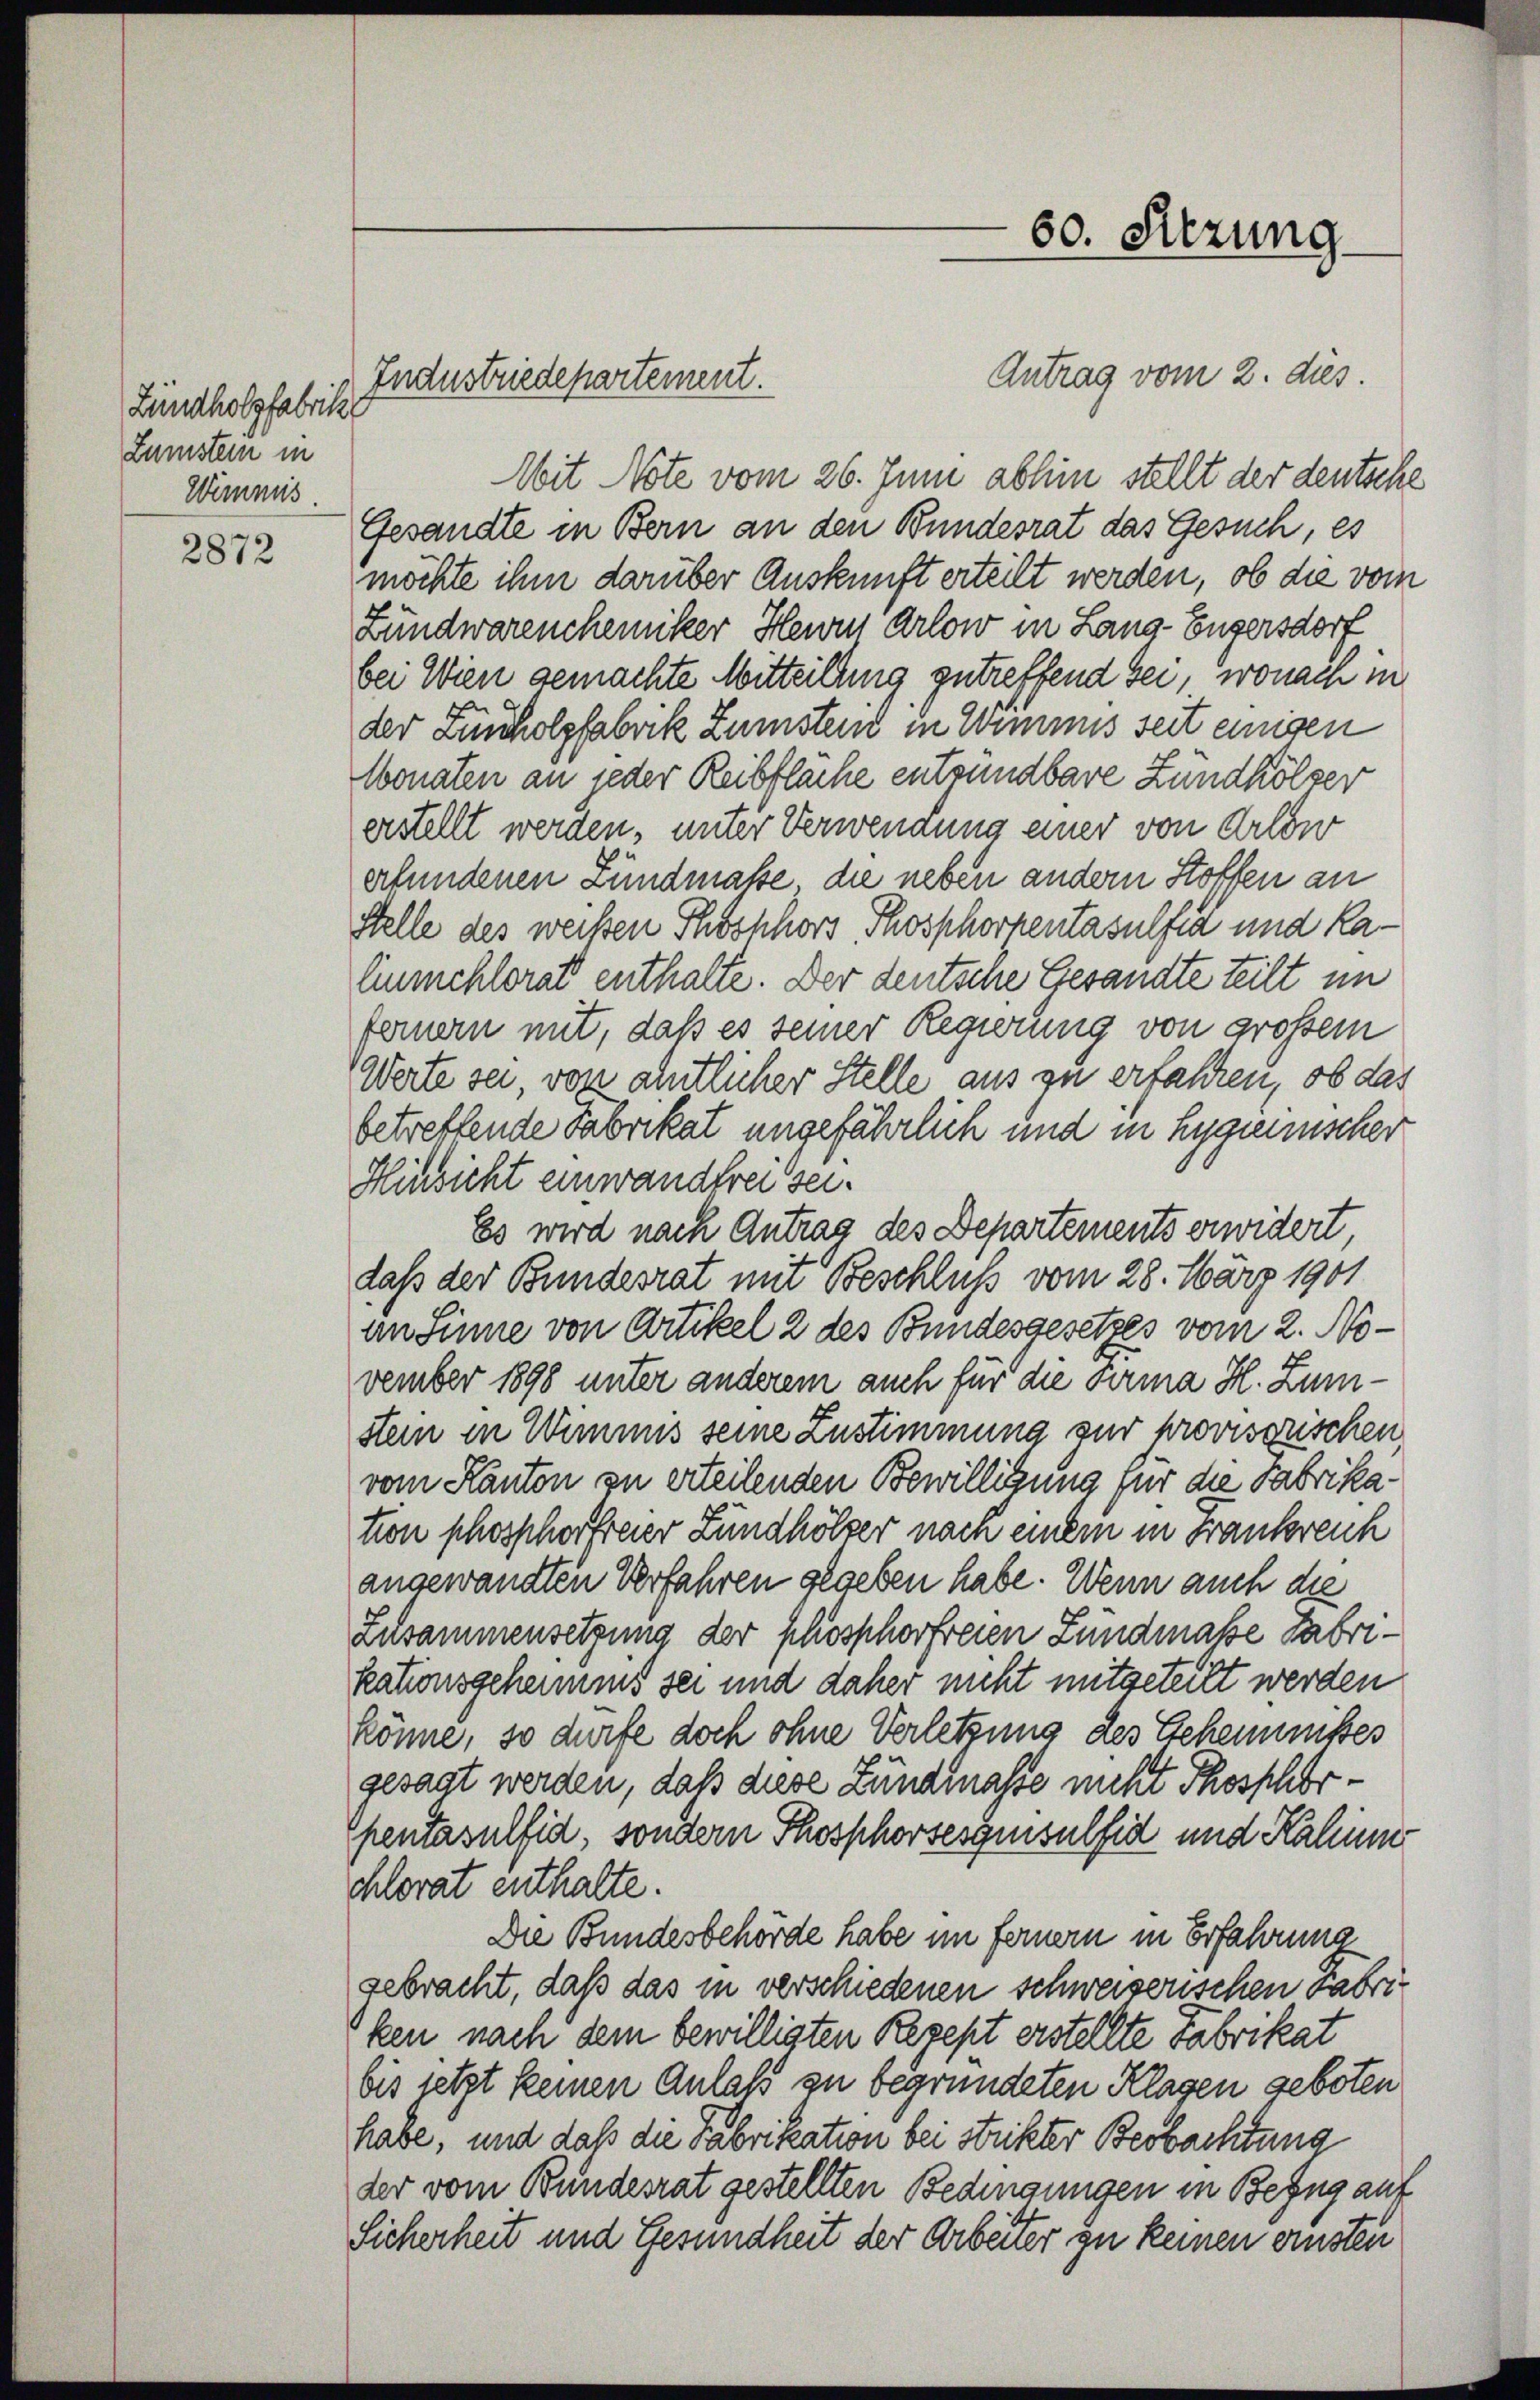
Zündholzfabrike
Zumstern in
Wimmis

2872

Antrag vom 2. dies
Mit Note vom 26. Juni abhin stellt der deutsche
Gesandte in Bern an den Bundesrat das Gesuch, es
möchte ihm darüber Auskunft erteilt werden, ob die vom
Lundwarenchemiker Herrn Arlow in Lang-Engersdorf
bei Wien gemachte Mitteilung getreffend sei, wonach in
der Zunholzfabrik Zumstend in Wimmes seit einigen
Wonaten an jeder Reibflache entsundbare Zundhölzer
erstellt werden, unter Verwendung einer von Arlow
erfundenen Lundmaße, die neben andern Stoffen an
Stelle des weißen Thoshhors Thosphorpentasulfia und Ralinmehlorat enthalte. Der deutsche Gesandte teilt im
fernern mit, daß es seiner Regierung von großem
Werte sei von ahntlicher Stelle aus zu erfahren, ob das
betreffende Fabrikat ungefährlich und in Hygienischer
Hinsicht einwanderer sei.
Es wird nach Antrag des Departements erwidert
daß der Bundesrat mit Beschluß vom 28. März 1901
an Sinne von Artikel 2 des Bundesgesetzes vom 2. November 1898 unter anderem auch für die Firma H. Zumstein in Wimmis seine Zustimmung zur provisorischen
vom Kanton zu erteilenden Bewilligung für die Fabrikation phosphorfreier Lundhölzer nach einem in Frankreich
angewandten Verfahren gegeben habe. Wenn auch die
Zusammensetzung der Phosphorfreien Lundmale Fabrikationsgeheimens sei und daher nicht mitgeteilt werden
könne, so dürfe doch ohne Verletzung des Geheimnißes
gesagt werden, daß diese Lundialse nicht Thosphorpentasulfid, sondern Thosphorsesquisulfid und Kalin
chlorat enthalte.
Die Bundesbehörde habe im fernern in Erfahrung
gebracht, daß das in verschiedenen schweizerischen Fabriken nach dem bewilligten Rezept erstellte Fabrikat
bis setzt keinen Anlaß zu begründeten Klagen geboten
habe, und daß die Fabrikation bei Strikter Beobachtung
der vom Bundesrat gestellten Bedingungen in Bezug auf
Sicherheit und Gesundheit der Arbeiter zu keinen ernsten

Industriedepartement.

60. Sitzung